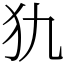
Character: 犰